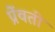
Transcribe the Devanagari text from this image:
प्रेंवती